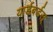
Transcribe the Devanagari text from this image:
यार्डबर्डस्